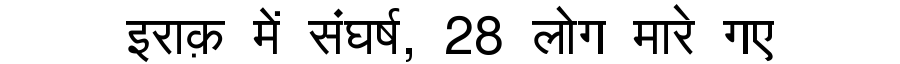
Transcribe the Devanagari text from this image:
इराक़ में संघर्ष, 28 लोग मारे गए